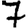
Digit: 7